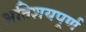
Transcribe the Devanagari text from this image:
अतिशयपूर्ण